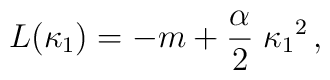
L (\kappa_1 )  = - m + {\alpha \over 2} \;  \kappa_1{}^2 \,,